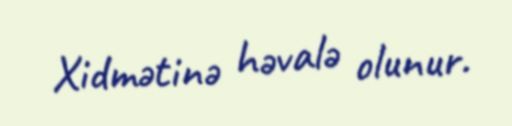
Xidmətinə həvalə olunur.